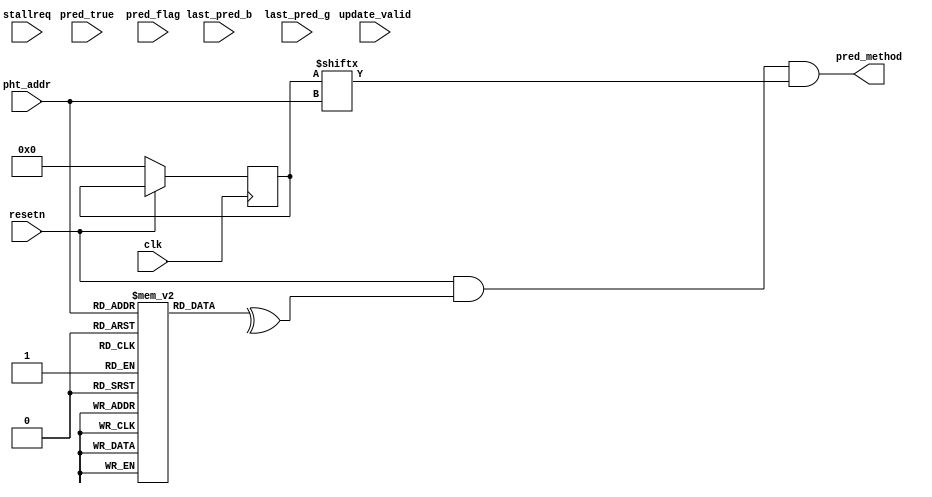
module naive_cpht(
    input           clk         ,
    input           resetn      ,
    input           stallreq    ,
    input [ 7: 0]   pht_addr    ,
    input           pred_true   ,
    input           pred_flag   ,
    input           update_valid,
    input           last_pred_b ,
    input           last_pred_g ,

    output          pred_method//0:b,1:g     
    );

    reg   [ 1: 0]   pht_reg [255:0]     ;
    reg   [ 9: 0]   pht_buffer[ 6: 0]   ;//[9：2][1:0]:predDirect_pht_addr[8]_pht[2]
    reg   [ 2: 0]   pht_buffer_pointer  ;
    reg   [255:0]   pht_valid_list      ;
    //reg   [12: 0]   pht_buffer_second   ;//before predit!!!

    //READ
    assign          pred_method =   resetn & ^pht_reg[pht_addr] & pht_valid_list[pht_addr]  ;//because of the decoding rule

    //UPDATE
    always @(posedge clk ) begin
        if (~resetn ) begin
            pht_buffer[0]       <=  10'b000000000000                                                            ;
            pht_buffer[1]       <=  10'b000000000000                                                            ;
            pht_buffer[2]       <=  10'b000000000000                                                            ;
            pht_buffer[3]       <=  10'b000000000000                                                            ;
            pht_buffer[4]       <=  10'b000000000000                                                            ;
            pht_buffer[5]       <=  10'b000000000000                                                            ;
            pht_buffer[6]       <=  10'b000000000000                                                            ;
            pht_buffer_pointer  <=   3'b000                                                                     ;
            pht_valid_list      <= 256'h00000000_00000000_00000000_00000000_00000000_00000000_00000000_00000000 ;
        end
        else
        if (stallreq) begin
            
        end
        /*
        !don't update immdiately
        */
        else          begin
        /*
            if (pred_flag) begin
                if (update_valid) begin
                    if (pht_valid_list[pht_addr]) begin
                        pht_buffer[0]                   <= {pht_addr,pht_reg[pht_addr]} ;
                    end
                    else                          begin
                        pht_buffer[0]                   <= {pht_addr,2'b11}             ;
                        pht_reg[pht_addr]               <= 2'b11                        ;
                        pht_valid_list[pht_addr]        <= 1'b1                         ;    
                    end
                    pht_buffer_pointer                  <= 3'b001                       ;
                end
                else              begin
                    pht_buffer_pointer                  <= 3'b000                       ;
                end
            case (pht_buffer[0][ 1: 0])
                2'b11:  begin
                    pht_reg[pht_buffer[0][ 9: 2]]   <= 2'b00;
                end
                2'b00:  begin
                    pht_reg[pht_buffer[0][ 9: 2]]   <= 2'b01;
                end
                2'b01:  begin
                    pht_reg[pht_buffer[0][ 9: 2]]   <= 2'b00;
                end
                2'b10:  begin
                    pht_reg[pht_buffer[0][ 9: 2]]   <= 2'b01;
                end
                default:begin
                    //do nothing
                end
            endcase
            end
            else
            if (pred_true) begin
                if (update_valid) begin
                    if (pht_valid_list[pht_addr]) begin
                        if (|pht_buffer_pointer) begin
                            pht_buffer[pht_buffer_pointer - 1'b1]  <= {pht_addr,pht_reg[pht_addr]}  ;
                        end
                        else                     begin
                            pht_buffer[pht_buffer_pointer]         <= {pht_addr,pht_reg[pht_addr]}  ;
                        end
                    end
                    else                          begin
                        pht_reg[pht_addr]                          <= 2'b11                         ;
                        pht_valid_list[pht_addr]                   <= 1'b1                          ;
                        if (|pht_buffer_pointer) begin
                            pht_buffer[pht_buffer_pointer - 1'b1]  <= {pht_addr,2'b11}              ;
                        end
                        else                     begin
                            pht_buffer[pht_buffer_pointer]         <= {pht_addr,2'b11}              ;
                        end
                    end
                    case (pht_buffer_pointer)
                        3'b000: begin
                        //base:do nothing
                        end
                        3'b001: begin
                        end 
                        3'b010: begin
                            pht_buffer[0]   <= pht_buffer[1];
                        end
                        3'b011: begin
                            pht_buffer[0]   <= pht_buffer[1];
                            pht_buffer[1]   <= pht_buffer[2];
                        end
                        3'b100: begin
                            pht_buffer[0]   <= pht_buffer[1];
                            pht_buffer[1]   <= pht_buffer[2];
                            pht_buffer[2]   <= pht_buffer[3];
                        end
                        3'b101: begin
                            pht_buffer[0]   <= pht_buffer[1];
                            pht_buffer[1]   <= pht_buffer[2];
                            pht_buffer[2]   <= pht_buffer[3];
                            pht_buffer[3]   <= pht_buffer[4];
                        end
                        3'b110: begin
                            pht_buffer[0]   <= pht_buffer[1];
                            pht_buffer[1]   <= pht_buffer[2];
                            pht_buffer[2]   <= pht_buffer[3];
                            pht_buffer[3]   <= pht_buffer[4];
                            pht_buffer[4]   <= pht_buffer[5];
                        end
                        default:begin
                            //do nothing
                        end 
                    endcase
                end
                else              begin
                    pht_buffer[0]           <= pht_buffer[1];
                    pht_buffer[1]           <= pht_buffer[2];
                    pht_buffer[3]           <= pht_buffer[3];
                    pht_buffer[4]           <= pht_buffer[5];
                    pht_buffer[5]           <= pht_buffer[6];
                    if (|pht_buffer_pointer) begin
                        pht_buffer_pointer              <= pht_buffer_pointer + 3'b111  ;
                    end
                    else                     begin
                    end
                end
                case (pht_buffer[0][ 1: 0])//update
                    2'b11:  begin
                        //do nothing
                    end
                    2'b00:  begin
                        pht_reg[pht_buffer[0][ 9: 2]]   <= 2'b11;
                    end
                    2'b01:  begin
                        pht_reg[pht_buffer[0][ 9: 2]]   <= 2'b10;
                    end
                    2'b10:  begin
                        //do nothing
                    end 
                    default:begin
                        //do nothing
                    end
                endcase
            end
            else
            if (update_valid) begin
                if (pht_valid_list[pht_addr]) begin
                    pht_buffer[pht_buffer_pointer]  <= {pht_addr,pht_reg[pht_addr]} ;
                end
                else                          begin
                    pht_buffer[pht_buffer_pointer]  <= {pht_addr,2'b11}             ;
                    pht_reg[pht_addr]               <= 2'b11                        ;
                    pht_valid_list[pht_addr]        <= 1'b1                         ;    
                end
                if (&pht_buffer_pointer) begin
                    //do nothing
                end
                else                     begin
                    pht_buffer_pointer              <= pht_buffer_pointer + 3'b001  ;
                end
            end
            else              begin
                //do nothing
            end
        */
        end          
    end
endmodule